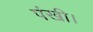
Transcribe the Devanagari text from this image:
पंखी।